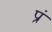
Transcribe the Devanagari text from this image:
प्रं